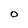
Character: O